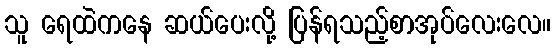
သူ ရေထဲကနေ ဆယ်ပေးလို့ ပြန်ရသည့်စာအုပ်လေးလေ။